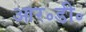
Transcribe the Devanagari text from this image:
आर॰डी॰